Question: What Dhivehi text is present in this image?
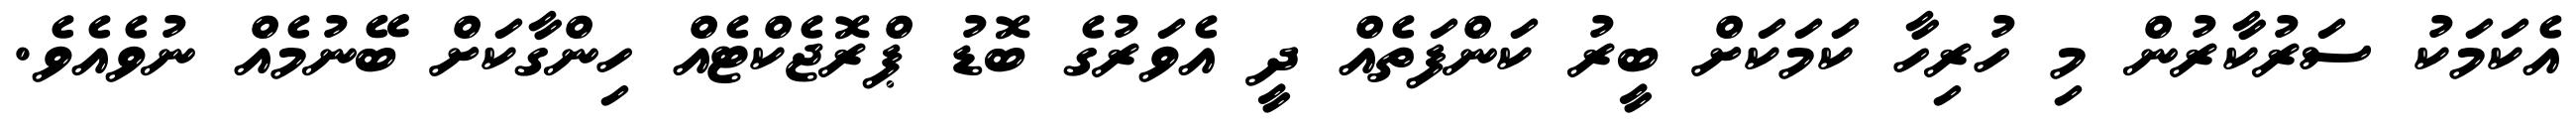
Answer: އެކަމަކު ސަރުކާރުން މި ހުރިހާ ކަމަކަށް ބީރު ކަންފަތެއް ދީ އެވަރުގެ ބޮޑު ޕްރޮޖެކްޓެއް ހިންގާކަށް ބޭނުމެއް ނުވެއެވެ.